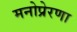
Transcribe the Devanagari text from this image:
मनोप्रेरणा